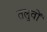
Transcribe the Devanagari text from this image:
तलुवों